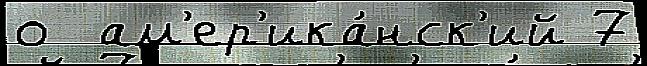
о  ам'ер'ика́нск'ий 7